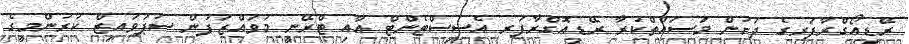
ރޭޑިއޯގްރާފަރގެ ދަށުން މަސައްތްކުރާ ރޭޑިއޮގްރާފަރ އެސިސްޓެންޓް އާއި ޓްރޭނީ މުވައްޒަފުން ސުޕަވައިޒް ކުރުންމީގެ